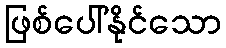
ဖြစ်ပေါ်နိုင်သော